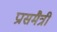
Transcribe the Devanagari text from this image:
प्रासमैत्री